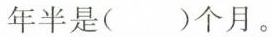
一年半是()个月。